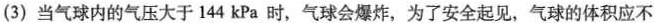
(3) 当气球内的气压大于144kPa时，气球会爆炸，为了安全起见，气球的体积应不